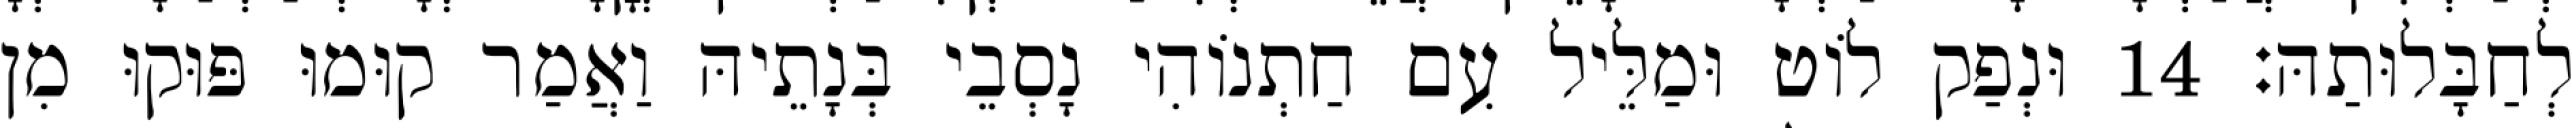
לְחַבָּלוּתַהּ׃ 14 וּנְפַק לוֹט וּמַלֵּיל עִם חַתְנוֹהִי נָסְבֵי בְּנָתֵיהּ וַאֲמַר קוּמוּ פּוּקוּ מִן